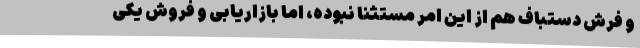
و فرش دستباف هم از این امر مستثنا نبوده، اما بازاریابی و فروش یکی